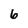
Character: 6